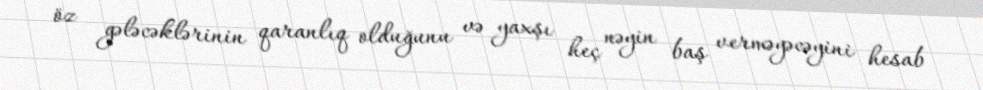
öz gələcəklərinin qaranlıq olduğunu və yaxşı heç nəyin baş verməyəcəyini hesab